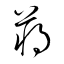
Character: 蒋